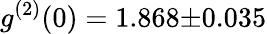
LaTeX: g^{(2)}(0)=1.868{\pm}0.035